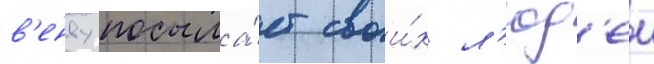
в'енву посыла́ет свои́х л'юд'еи